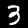
Label: 3